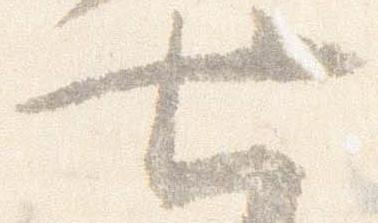
七